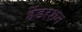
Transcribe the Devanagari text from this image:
हेंडरशन